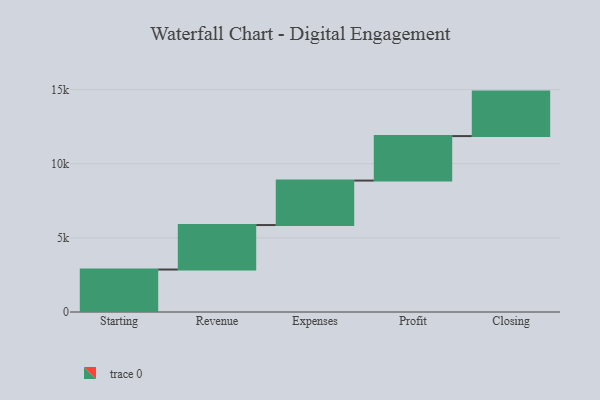
{"axis": {"x": "Step", "y": "Value"}, "legend": [""], "data": [{"x": "Starting", "y": 2864.0, "type": ""}, {"x": "Revenue", "y": 3000, "type": ""}, {"x": "Expenses", "y": 3000, "type": ""}, {"x": "Profit", "y": 3000, "type": ""}, {"x": "Closing", "y": 3000, "type": ""}]}